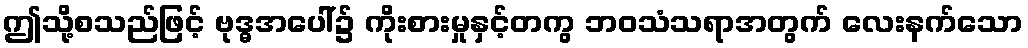
ဤသို့စသည်ဖြင့် ဗုဒ္ဓအပေါ်၌ ကိုးစားမှုနှင့်တကွ ဘဝသံသရာအတွက် လေးနက်သော